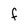
Character: f